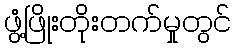
ဖွံ့ဖြိုးတိုးတက်မှုတွင်